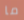
ما